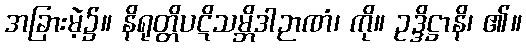
အခြားမဲ့၌။ နိရုတ္တိပဋိသမ္ဘိဒါဉာဏံ၊ ကို။ ဥဒ္ဒိဋ္ဌာနိ၊ ၏။